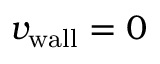
{ v _ { \mathrm { w a l l } } } = 0